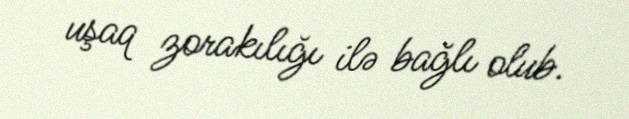
uşaq zorakılığı ilə bağlı olub.